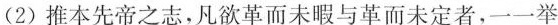
(2) 推本先帝之志，凡欲革而未暇与革而未定者，一一举